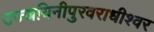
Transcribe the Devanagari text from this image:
उज्जयिनीपुरवराधीश्वर